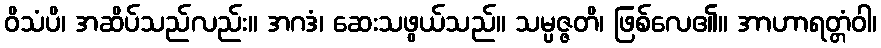
ဝိသံပိ၊ အဆိပ်သည်လည်း။ အဂဒံ၊ ဆေးသဖွယ်သည်။ သမ္ပဇ္ဇတိ၊ ဖြစ်လေ၏။ အာဟာရတ္တံဝါ၊